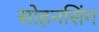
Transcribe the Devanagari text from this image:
सोहनसिंग